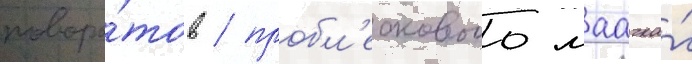
поворо́тов / пробл'ескового маачка́